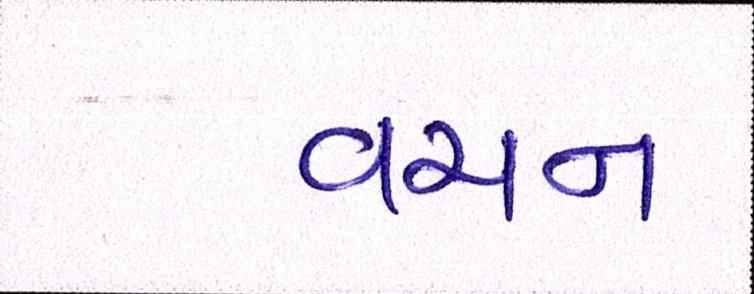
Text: વચન